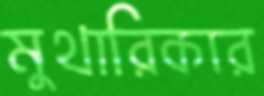
মুথারিকার